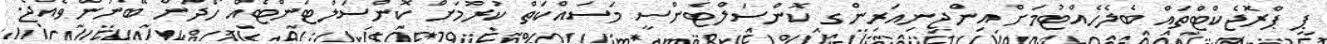
ޕީ ޕްރޮޖެކްޓްތައް ބެލެހެއްޓުމަށް އިންޖިނިއަރިންގ ކޮންސަލްޓެންސީ މަސައްކަތް ކުރުމަށް ކޮންސަލްޓަންޓެއް ހޯދަން ބޭނުންވެއްޖެ.